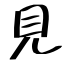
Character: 見